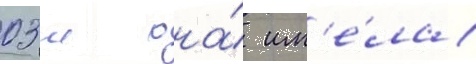
03 м она́ им'е́ла